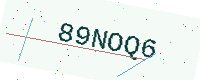
Text: 89NOQ6